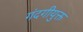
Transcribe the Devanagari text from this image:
गंदगीयुक्त